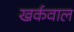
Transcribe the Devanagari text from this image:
खर्कवाल